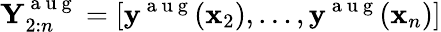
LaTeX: \mathbf{Y}_{2:n}^{\mathrm{~a~u~g~}}=[\mathbf{y}^{\mathrm{~a~u~g~}}(\mathbf{x}_{2}),\dots,\mathbf{y}^{\mathrm{~a~u~g~}}(\mathbf{x}_{n})]